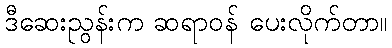
ဒီဆေးညွန်းက ဆရာဝန် ပေးလိုက်တာ။